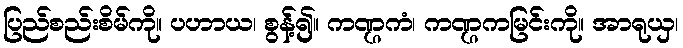
ပြည်စည်းစိမ်ကို။ ပဟာယ၊ စွန့်၍။ ကဏ္ဌကံ၊ ကဏ္ဌကမြင်းကို။ အာရုယှ၊